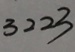
3 2 2 3